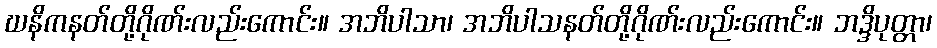
ဃနိကနတ်တို့ဂိုဏ်းလည်းကောင်း။ အဘိပါသာ၊ အဘိပါသနတ်တို့ဂိုဏ်းလည်းကောင်း။ ဘဒ္ဒိပုတ္တာ၊